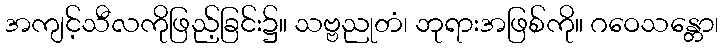
အကျင့်သီလကိုဖြည့်ခြင်း၌။ သဗ္ဗညုတံ၊ ဘုရားအဖြစ်ကို။ ဂဝေသန္တော၊